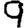
Digit: 9